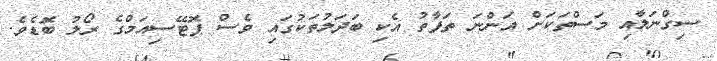
ސިގްނަލާއި މަސްތަކަށް އަންނަ ތަފާތު އެކި ބަދަލުތަކުގައި ވެސް ޕޮޓޭސިއަމްގެ ރޯލު ބޮޑެވެ.